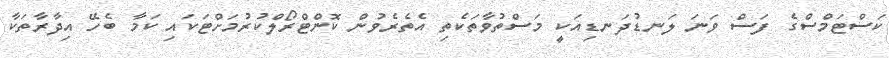
ކަސްޓަމްސްގެ ފަސް ވަނަ ލަނޑުދަނޑިއަކީ މަސްތުވާތަކެތި އެތެރެވުން ކޮންޓްރޯލްކުރުމަށްޓަކައި ކަމާ ބެހޭ އިދާރާތަކާ